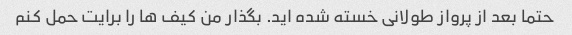
حتما بعد از پرواز طولانی خسته شده اید. بگذار من کیف ها را برایت حمل کنم